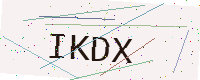
Text: IKDX